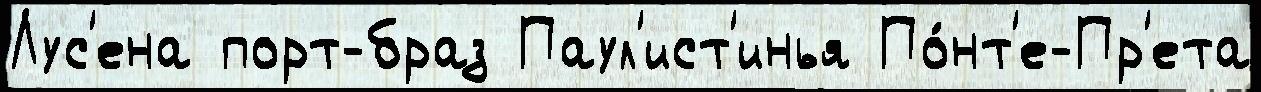
Лус'ена порт-браз Паул'ист'инья По́нт'е-Пр'ета